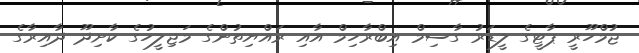
ޖުމްހޫރީ ޕާޓީގެ ލީޑަރު ގާސިމް އިބްރާހިމް އާއި ރައްޔިތުންގެ މަޖިލީހުގެ ކާށިދޫ ދާއިރާގެ